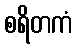
စရိတကံ